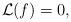
LaTeX: \begin{align*} \mathcal{L}(f)=0,\end{align*}